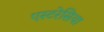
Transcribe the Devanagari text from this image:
एस्टरेसिया